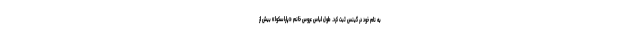
به نام خود در گینس ثبت کرد. طول لباس عروس خانم «پاراسکِوا» بیش از